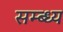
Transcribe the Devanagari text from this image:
सम्ब्ध्य